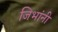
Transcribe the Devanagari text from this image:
जिभांनी